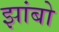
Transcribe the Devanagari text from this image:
झांबो